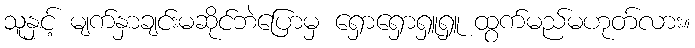
သူနှင့် မျက်နှာချင်းမဆိုင်ဘဲပြောမှ ရှောရှောရှူရှူ ထွက်မည်မဟုတ်လား။